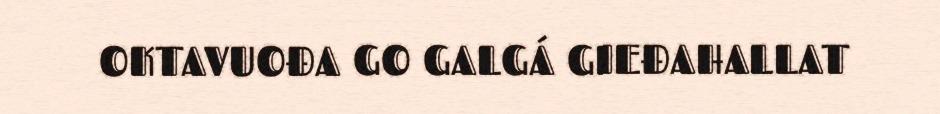
OKTAVUOĐA GO GALGÁ GIEĐAHALLAT